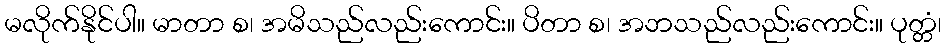
မလိုက်နိုင်ပါ။ မာတာ စ၊ အမိသည်လည်းကောင်း။ ပိတာ စ၊ အဘသည်လည်းကောင်း။ ပုတ္တံ၊